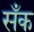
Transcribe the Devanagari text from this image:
सँक